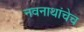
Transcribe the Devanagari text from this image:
नवनाथांचेच